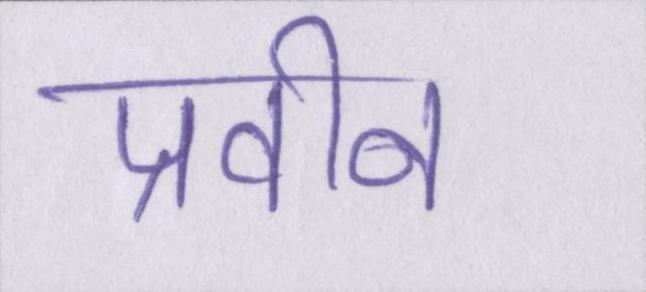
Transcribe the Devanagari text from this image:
प्रवीन